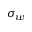
\sigma _ { w }